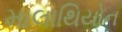
માલાથિયોન